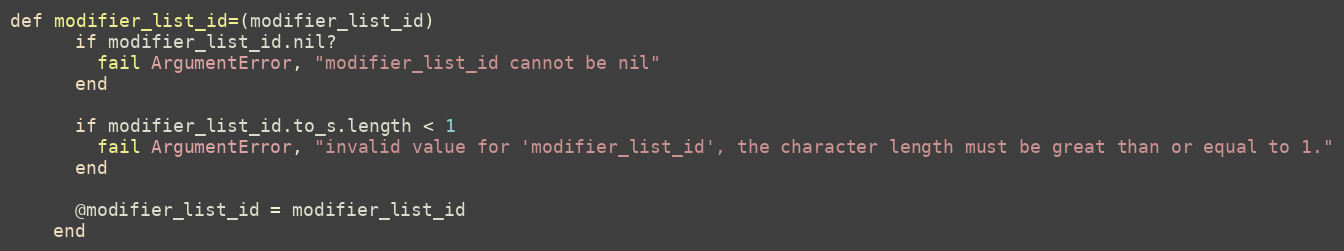
Language: Ruby
def modifier_list_id=(modifier_list_id)
      if modifier_list_id.nil?
        fail ArgumentError, "modifier_list_id cannot be nil"
      end

      if modifier_list_id.to_s.length < 1
        fail ArgumentError, "invalid value for 'modifier_list_id', the character length must be great than or equal to 1."
      end

      @modifier_list_id = modifier_list_id
    end